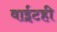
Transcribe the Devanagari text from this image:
वाईटही